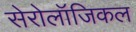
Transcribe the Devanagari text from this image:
सेरोलॉजिकल